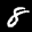
Label: 8